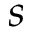
s